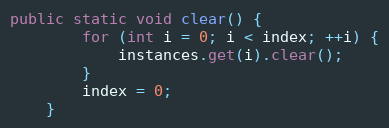
Language: Java
public static void clear() {
		for (int i = 0; i < index; ++i) {
			instances.get(i).clear();
		}
		index = 0;
	}